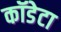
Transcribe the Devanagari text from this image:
कॉडेटा